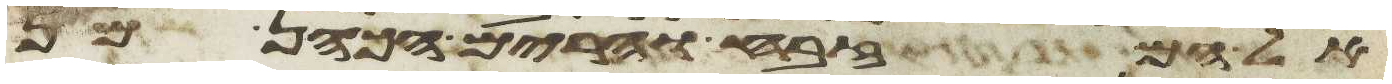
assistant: אל המזבח והרים הכהן מן